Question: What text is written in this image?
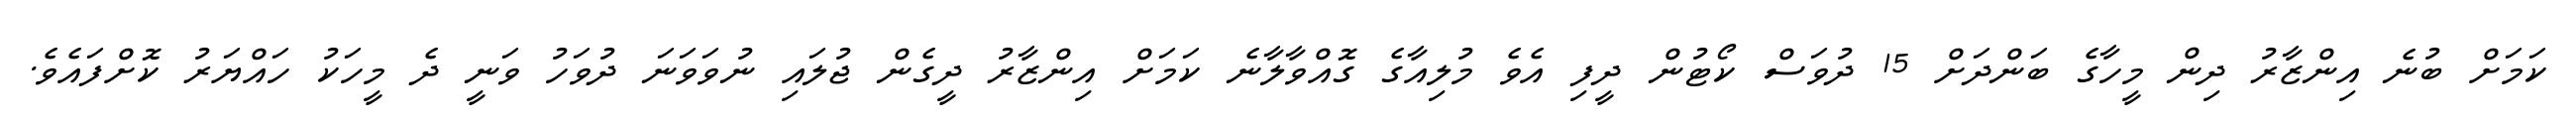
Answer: ކަމަށް ބުނެ އިންޒާރު ދިން މީހާގެ ބަންދަށް 15 ދުވަސް ކޯޓުން ދީފި އެވެ މުލިއާގެ ގޮއްވާލާނެ ކަމަށް އިންޒާރު ދީގެން ޖުލައި ނުވަވަނަ ދުވަހު ވަނީ ދެ މީހަކު ހައްޔަރު ކޮށްފައެވެ.